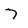
Character: 7